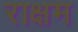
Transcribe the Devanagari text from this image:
राक्षम